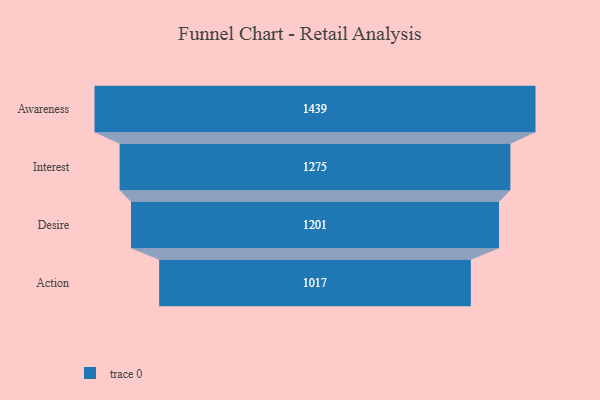
{"axis": {"x": "Stage", "y": "Value"}, "legend": [""], "data": [{"x": "Awareness", "y": 1439.0, "type": ""}, {"x": "Interest", "y": 1275.0, "type": ""}, {"x": "Desire", "y": 1201.0, "type": ""}, {"x": "Action", "y": 1017.0, "type": ""}]}